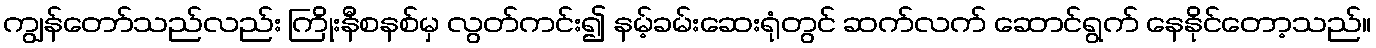
ကျွန်တော်သည်လည်း ကြိုးနီစနစ်မှ လွတ်ကင်း၍ နမ့်ခမ်းဆေးရုံတွင် ဆက်လက် ဆောင်ရွက် နေနိုင်တော့သည်။